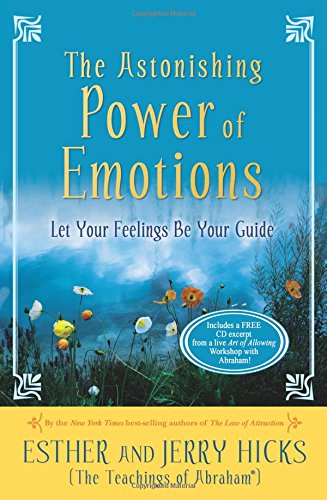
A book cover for The Astonishing Power of Emotions: Let Your Feelings Be Your Guide; Esther Hicks; Religion & Spirituality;